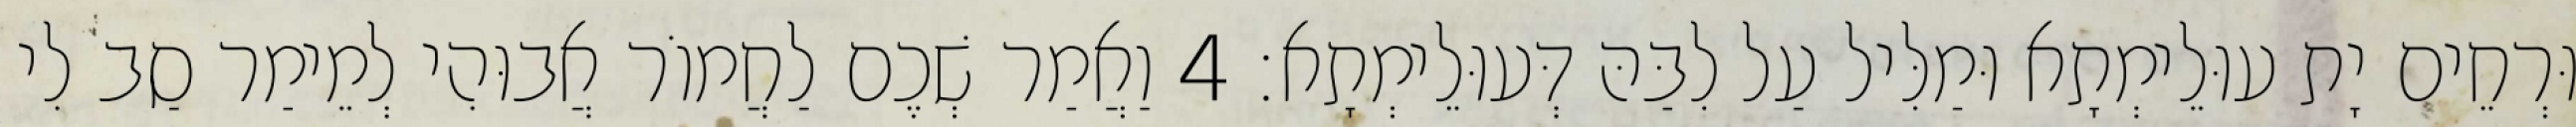
וּרְחֵים יָת עוּלֵימְתָא וּמַלִּיל עַל לִבַּהּ דְּעוּלֵימְתָא׃ 4 וַאֲמַר שְׁכֶם לַחֲמוֹר אֲבוּהִי לְמֵימַר סַב לִי